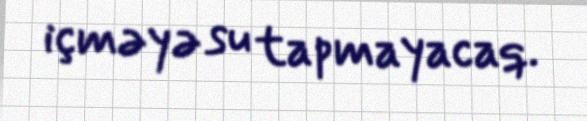
içməyə su tapmayacaq.